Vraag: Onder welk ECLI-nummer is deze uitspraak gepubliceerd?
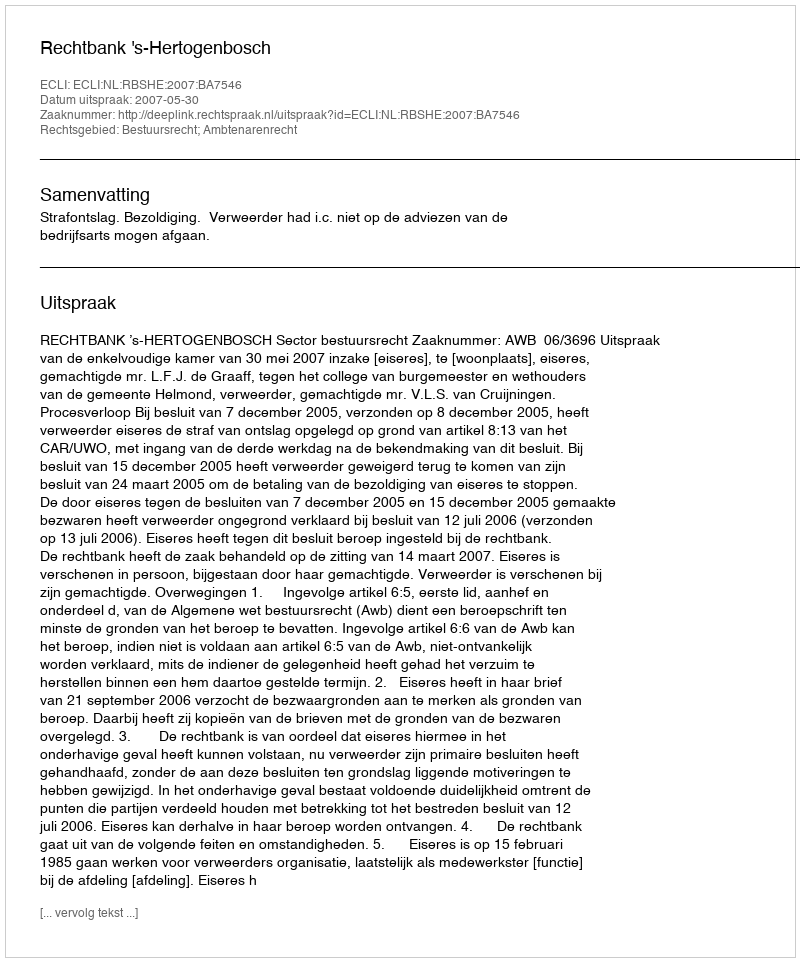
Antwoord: ECLI:NL:RBSHE:2007:BA7546